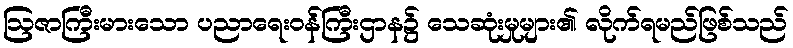
ဩဇာကြီးမားသော ပညာရေးဝန်ကြီးဌာန၌ သေဆုံးမှုများ၏ လိုက်ရမည်ဖြစ်သည်